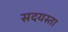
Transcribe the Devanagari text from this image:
सदयस्ता